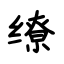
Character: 缭